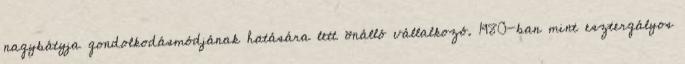
nagybátyja gondolkodásmódjának hatására lett önálló vállalkozó. 1980-ban mint esztergályos